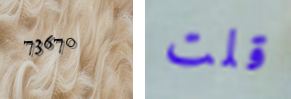
73670 قلت